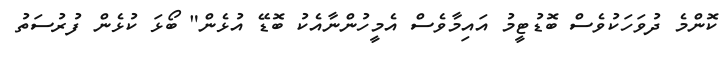
ކޮންމެ ދުވަހަކުވެސް ބޮޑުޓީމު އައިމާވެސް އެމީހުންނާއެކު ބޮޑޭ އުޅެން" ބޯޅަ ކުޅެން ފުރުސަތު